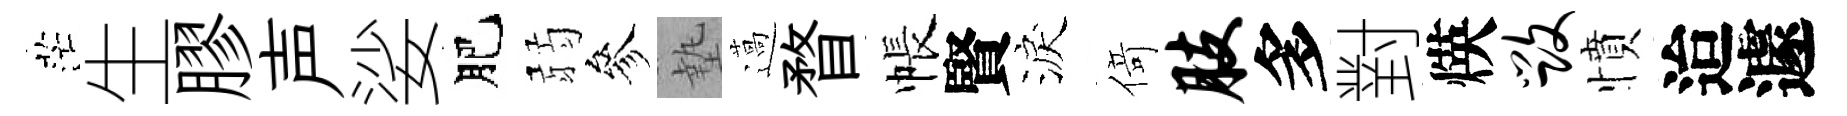
茫生膠声娑肥弱參墊薖瞀帳賢淚𠋣肢多對煐毁憤迨遽